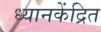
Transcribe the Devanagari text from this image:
ध्यानकेंद्रित